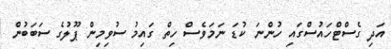
އަދި ގެސްޓްހައުސްގައި ހުންނަ ކުޑަ ނަމަވެސް ހިތް ގައިމު ސުވިމިން ޕޫލުގެ ސަބަބުން